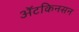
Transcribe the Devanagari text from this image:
अॅटकिनसन